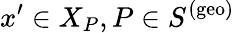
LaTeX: x^{\prime}\in X_{P},P\in S^{(\mathrm{geo})}